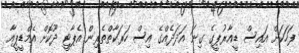
ފަހަކަށް އައިސް ޑީއާރުޕީގެ ގިނަ އަދަދެއްގެ އިސް ހަރަކާތްތެރިން އެޕާޓީ ދޫކޮށް އެމްޑީޕީއާ